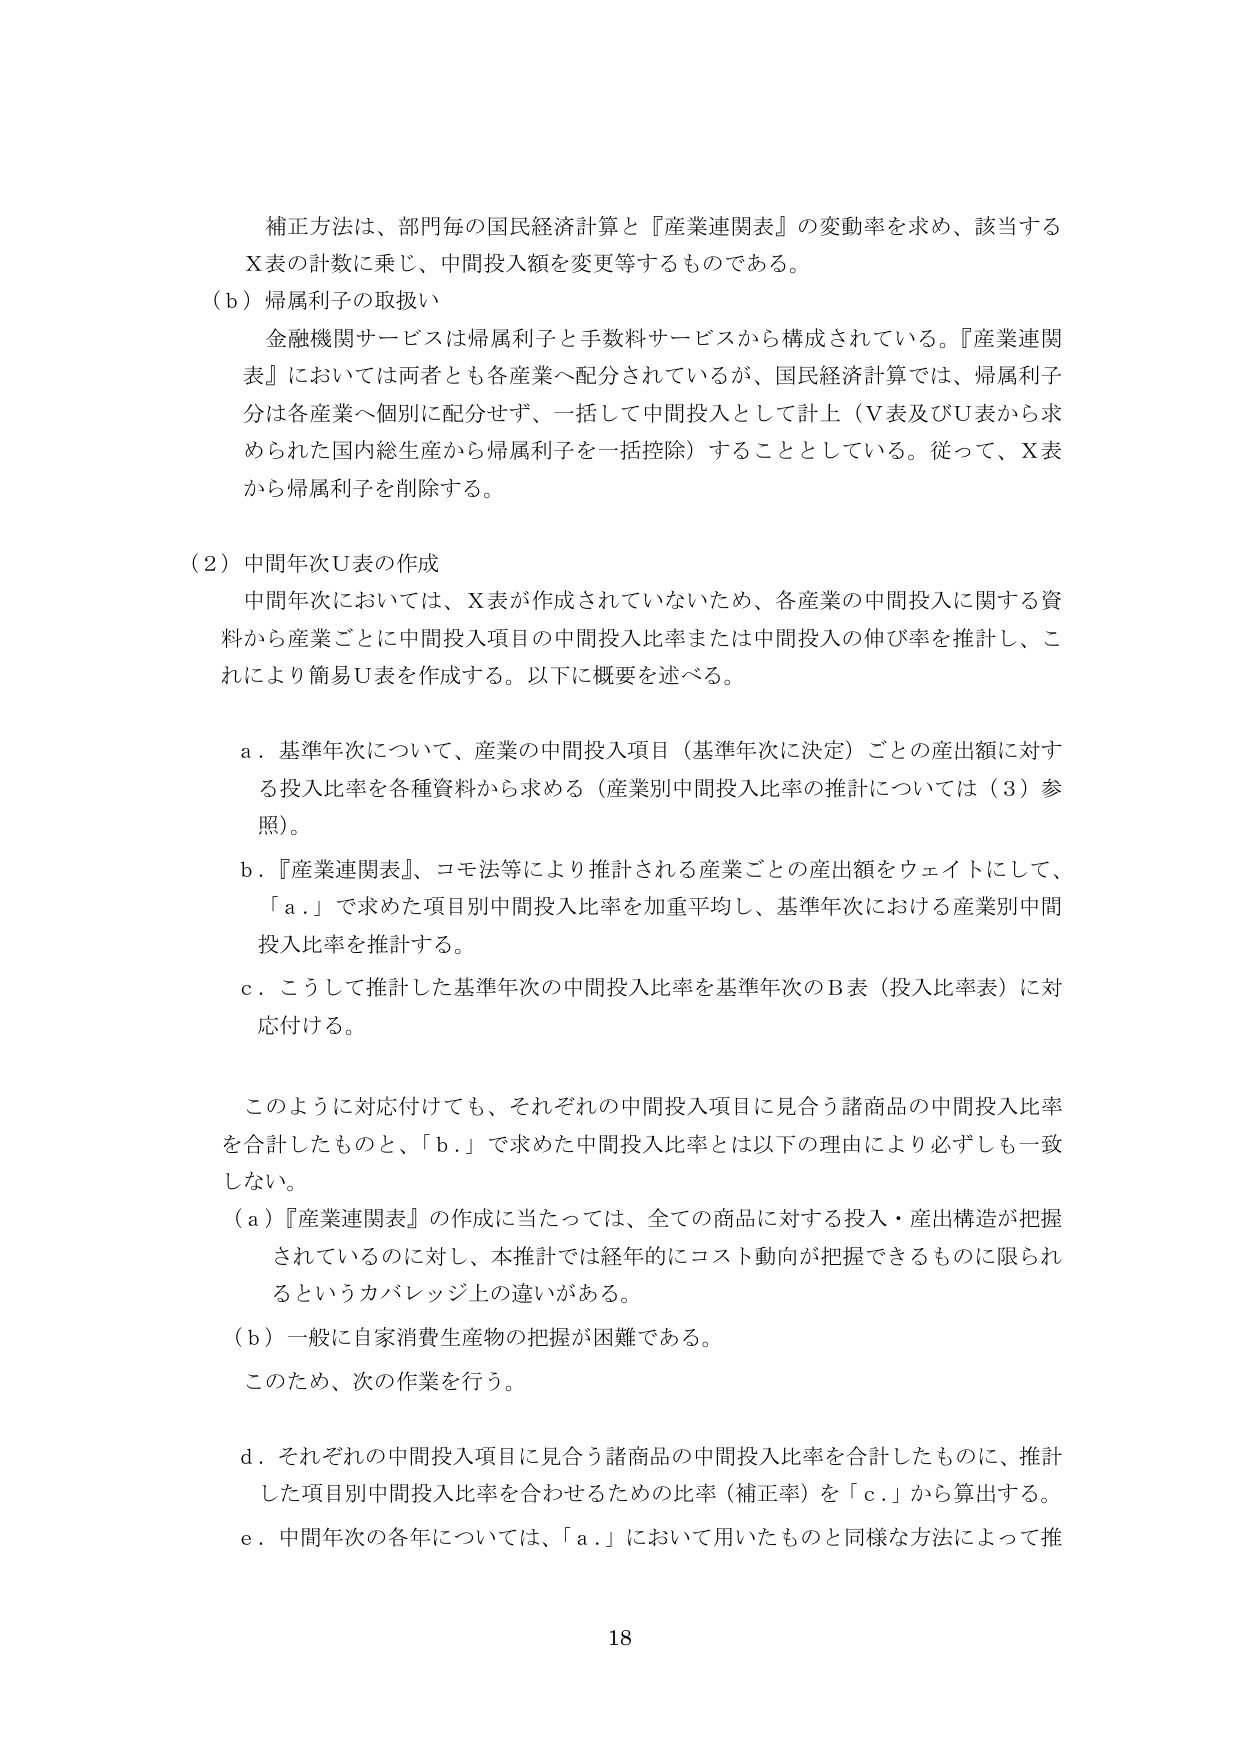
補正方法は、部門毎の国民経済計算と『産業連関表』の変動率を求め、該当する
X表の計数に乗じ、中間投入額を変更等するものである。

（ｂ）帰属利子の取扱い
　金融機関サービスは帰属利子と手数料サービスから構成されている。『産業連関
表』においては両者とも各産業へ配分されているが、国民経済計算では、帰属利子
分は各産業へ個別に配分せず、一括して中間投入として計上（Ｖ表及びＵ表から求
められた国内総生産から帰属利子を一括控除）することとしている。従って、Ｘ表
から帰属利子を削除する。

（２）中間年次Ｕ表の作成
　中間年次においては、Ｘ表が作成されていないため、各産業の中間投入に関する資
料から産業ごとに中間投入項目の中間投入比率または中間投入の伸び率を推計し、こ
れにより簡易Ｕ表を作成する。以下に概要を述べる。

　ａ．基準年次について、産業の中間投入項目（基準年次に決定）ごとの産出額に対す
　　る投入比率を各種資料から求める（産業別中間投入比率の推計については（３）参
　　照）。

　ｂ．『産業連関表』、コモ法等により推計される産業ごとの産出額をウェイトにして、
　　「ａ．」で求めた項目別中間投入比率を加重平均し、基準年次における産業別中間
　　投入比率を推計する。

　ｃ．こうして推計した基準年次の中間投入比率を基準年次のＢ表（投入比率表）に対
　　応付ける。

　このように対応付けても、それぞれの中間投入項目に見合う諸商品の中間投入比率
を合計したものと、「ｂ．」で求めた中間投入比率とは以下の理由により必ずしも一致
しない。

　（ａ）『産業連関表』の作成に当たっては、全ての商品に対する投入・産出構造が把握
　　されているのに対し、本推計では経年的にコスト動向が把握できるものに限られ
　　るというカバレッジ上の違いがある。

　（ｂ）一般に自家消費生産物の把握が困難である。

　このため、次の作業を行う。

　ｄ．それぞれの中間投入項目に見合う諸商品の中間投入比率を合計したものに、推計
　　した項目別中間投入比率を合わせるための比率（補正率）を「ｃ．」から算出する。

　ｅ．中間年次の各年については、「ａ．」において用いたものと同様な方法によって推

18